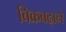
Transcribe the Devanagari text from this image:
बिक्रबढ़ाने